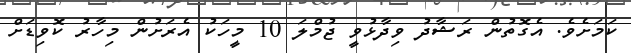
ކަމަށެވެ. އެގޮތުން ރަޝާދު ވިދާޅުވީ ޖުމްލަ 10 މީހަކު އެރަށުން މިހާރު ކޮވިޑަށް